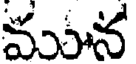
మున